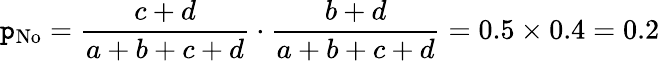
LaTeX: \mathtt{p}_{\mathrm{{No}}}={\frac{{c+d}}{{a+b+c+d}}}\cdot{\frac{{b+d}}{{a+b+c+d}}}=0.5\times0.4=0.2